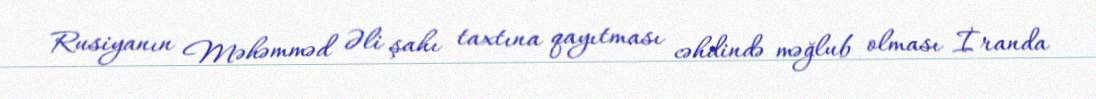
Rusiyanın Məhəmməd Əli şahı taxtına qayıtması cəhdində məğlub olması İranda